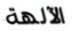
الآلهة